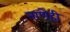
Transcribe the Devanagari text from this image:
नाणेही